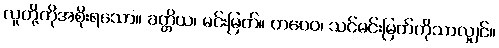
လူတို့ကိုအစိုးရသော။ ခတ္တိယ၊ မင်းမြတ်။ တဝေဝ၊ သင်မင်းမြတ်ကိုသာလျှင်။